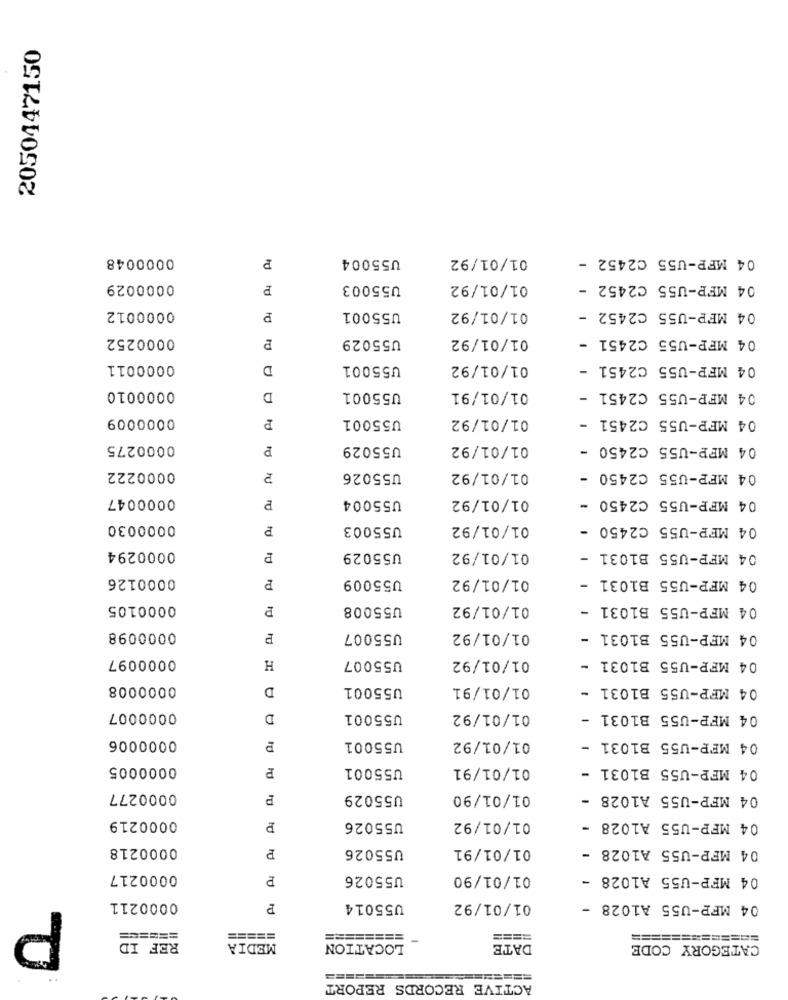
2050447150
0000048
P
U55004
01/01/92
04 MFP-U55 C2452 -
0000029
P
U55003
01/01/92
04 MFP-U55 C2452 -
0000012
U55001
01/01/92
04 MFP-U55 C2452 -
0000252
U55029
01/01/92
04 MFP-U55 C2451 -
0000011
D
U55001
01/01/92
04 MFP-U55 C2451 -
0000010
D
U55001
01/01/91
04 MFP-U55 C2451 -
0000009
P
U55001
01/01/92
04 MFP-U55 C2451 -
0000275
P
U55029
01/01/92
04 MFP-U55 C2450 -
0000222
U55026
01/01/92
04 MFP-U55 C2450 -
0000047
U55004
01/01/92
04 MFP-U55 C2450
0000030
P
U55003
01/01/92
04 MFP-U55 C2450 -
0000294
P
U55029
01/01/92
04 MFP-U55 B1031
0000126
P
U55009
01/01/92
04 MFP-U55 B1031 -
0000105
U55008
01/01/92
04 MFP-U55 B1031 -
0000098
P
U55007
01/01/92
04 MFP-U55 B1031 -
0000097
U55007
01/01/92
04 MFP-U55 B1031
H
0000008
D
U55001
01/01/91
04 MFP-U55 B1031 -
0000007
D
U55001
01/01/92
04 MFP-U55 B1031 -
0000006
U55001
01/01/92
04 MFP-U55 B1031 -
10
0000005
P
U55001
01/01/91
04 MFP-U55 B1031 -
0000277
P
U55029
01/01/90
04 MFP-U55 A1028 -
0000219
U55026
01/01/92
04 MFP-U55 A1028 -
0000218
U55026
01/01/91
04 MFP-U55 A1028 -
0000217
P
U55026
01/01/90
04 MFP-U55 A1028 -
P
0000211
P
U55014
01/01/92
04 MFP-U55 A1028 -
======
=====
========
====
==============
REF ID
MEDIA
LOCATION
DATE
CATEGORY CODE
ACTIVE RECORDS REPORT